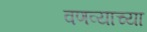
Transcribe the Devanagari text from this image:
वणव्याच्या